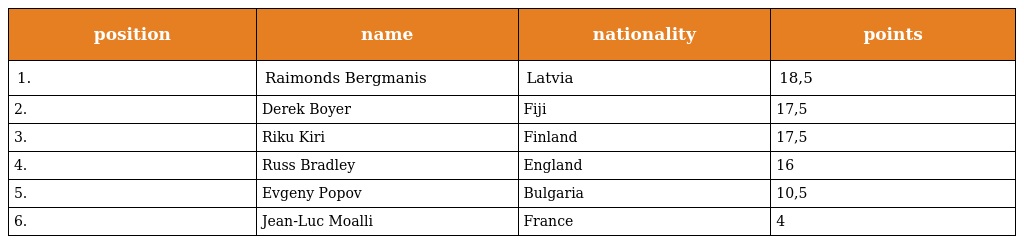
| position | name | nationality | points |
 | --- | --- | --- | --- |
 | 1. | Raimonds Bergmanis | Latvia | 18,5 |
 | 2. | Derek Boyer | Fiji | 17,5 |
 | 3. | Riku Kiri | Finland | 17,5 |
 | 4. | Russ Bradley | England | 16 |
 | 5. | Evgeny Popov | Bulgaria | 10,5 |
 | 6. | Jean-Luc Moalli | France | 4 |